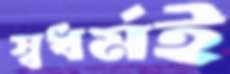
স্বধর্মই